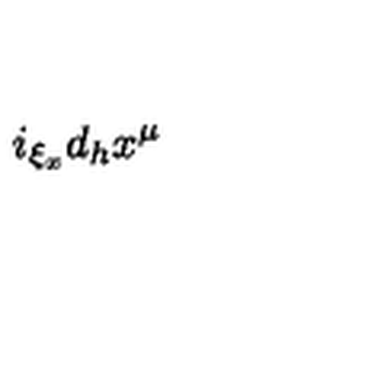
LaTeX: i _ { \xi _ { x } } d _ { h } x ^ { \mu }